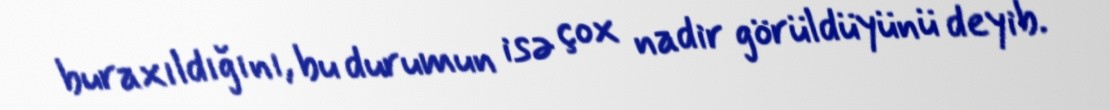
buraxıldığını, bu durumun isə çox nadir görüldüyünü deyib.